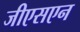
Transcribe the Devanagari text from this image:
जीएसएन